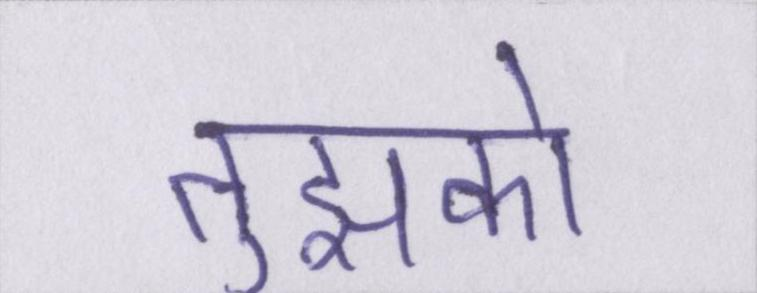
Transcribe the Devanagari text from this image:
तुझको